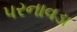
પરનાવડા